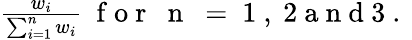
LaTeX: \begin{array}{r}{\frac{w_{i}}{\sum_{i=1}^{n}w_{i}}~\mathrm{~f~o~r~\textit~{~n~}~=~1~,~2~a~n~d~3~.~}}\end{array}